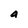
Character: a